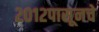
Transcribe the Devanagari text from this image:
२०१२पासूनचे